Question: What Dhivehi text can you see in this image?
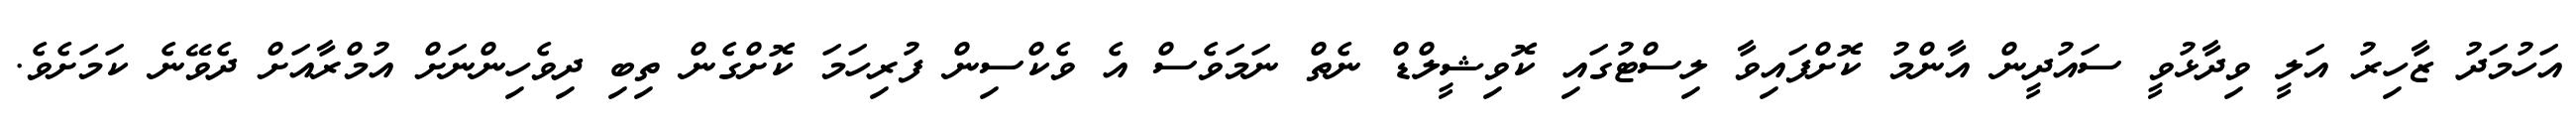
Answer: އަހުމަދު ޒާހިރު އަލީ ވިދާޅުވީ ސައުދީން އާންމު ކޮށްފައިވާ ލިސްޓުގައި ކޮވިޝީލްޑް ނެތް ނަމަވެސް އެ ވެކްސިން ފުރިހަމަ ކޮށްގެން ތިބި ދިވެހިންނަށް އުމްރާއަށް ދެވޭނެ ކަމަށެވެ.